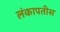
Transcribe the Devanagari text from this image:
लंकापतीस